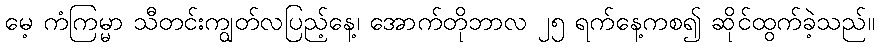
မေ့ ကံကြမ္မာ သီတင်းကျွတ်လပြည့်နေ့၊ အောက်တိုဘာလ ၂၅ ရက်နေ့ကစ၍ ဆိုင်ထွက်ခဲ့သည်။